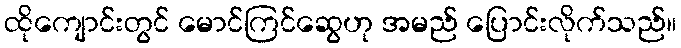
ထိုကျောင်းတွင် မောင်ကြင်ဆွေဟု အမည် ပြောင်းလိုက်သည်။